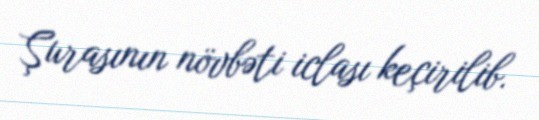
Şurasının növbəti iclası keçirilib.